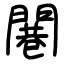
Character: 闀